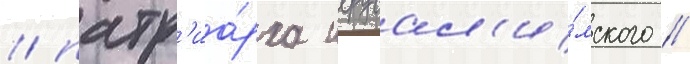
/ патр'иа́рха иерусал'и́мского //